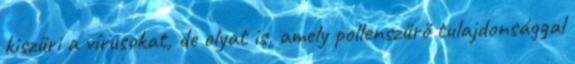
kiszűri a vírusokat, de olyat is, amely pollenszűrő tulajdonsággal